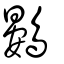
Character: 鷃